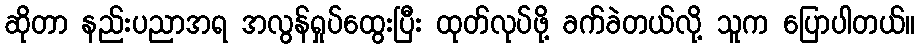
ဆိုတာ နည်းပညာအရ အလွန်ရှုပ်ထွေးပြီး ထုတ်လုပ်ဖို့ ခက်ခဲတယ်လို့ သူက ပြောပါတယ်။